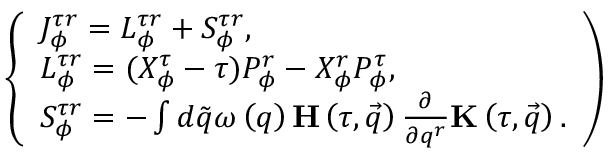
\left\{ \begin{array} { l } { { J _ { \phi } ^ { \tau r } = L _ { \phi } ^ { \tau r } + S _ { \phi } ^ { \tau r } , } } \\ { { L _ { \phi } ^ { \tau r } = ( X _ { \phi } ^ { \tau } - \tau ) P _ { \phi } ^ { r } - X _ { \phi } ^ { r } P _ { \phi } ^ { \tau } , } } \\ { { S _ { \phi } ^ { \tau r } = - \int d \tilde { q } \omega \left( q \right) { \bf H } \left( \tau , \vec { q } \right) \frac \partial { \partial q ^ { r } } { \bf K } \left( \tau , \vec { q } \right) . } } \end{array} \right)